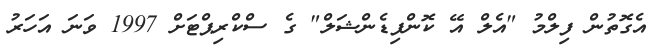
އެގޮތުން ފިލްމު "އެލް އޭ ކޮންފިޑެންޝަލް" ގެ ސްކްރިޕްޓަށް 1997 ވަނަ އަހަރު